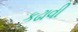
કઢાવી